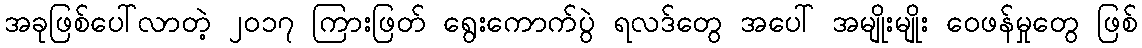
အခုဖြစ်ပေါ်လာတဲ့ ၂ဝ၁၇ ကြားဖြတ် ရွေးကောက်ပွဲ ရလဒ်တွေ အပေါ် အမျိုးမျိုး ဝေဖန်မှုတွေ ဖြစ်